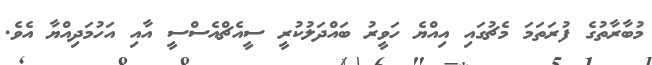
މުބާރާތުގެ ފުރަތަމަ މެޗުގައި އިއްޔެ ހަވީރު ބައްދަލުކުރީ ސީއެޗްއެސްސީ އާއި އަހުމަދިއްޔާ އެވެ.